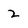
Character: 2